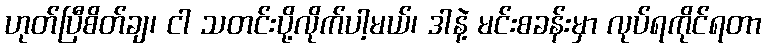
ဟုတ်ပြီစိတ်ချ၊ ငါ သတင်းပို့လိုက်ပါ့မယ်၊ ဒါနဲ့ မင်းစခန်းမှာ လုပ်ရကိုင်ရတာ